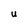
Character: U